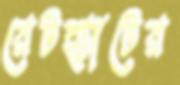
রেটহ্যাটের